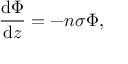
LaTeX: { \frac { \mathrm { d } \Phi } { \mathrm { d } z } } = - n \sigma \Phi ,